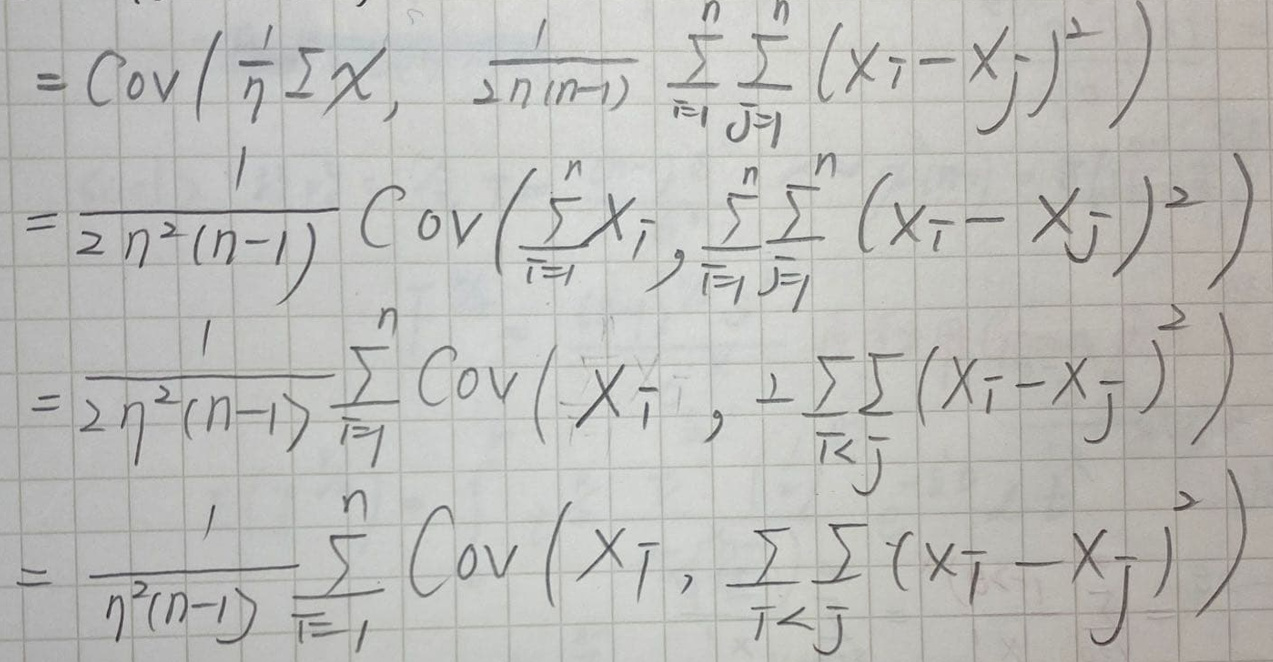
\begin{align*}
&=\text{Cov}\left(\frac{1}{n}\sum_{i = 1}^{n}X_{i},\frac{1}{2n(n - 1)}\sum_{i = 1}^{n}\sum_{j = 1}^{n}(X_{i}-X_{j})^{2}\right)\\
&=\frac{1}{2n^{2}(n - 1)}\text{Cov}\left(\sum_{i = 1}^{n}X_{i},\sum_{i = 1}^{n}\sum_{j = 1}^{n}(X_{i}-X_{j})^{2}\right)\\
&=\frac{1}{2n^{2}(n - 1)}\sum_{i = 1}^{n}\text{Cov}\left(X_{i},\sum_{1\leq i<j\leq n}(X_{i}-X_{j})^{2}\right)\\
&=\frac{1}{n^{2}(n - 1)}\sum_{i = 1}^{n}\text{Cov}\left(X_{i},\sum_{1\leq i<j\leq n}(X_{i}-X_{j})^{2}\right)
\end{align*}